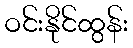
ဝင်းနိုင်ထွန်း